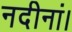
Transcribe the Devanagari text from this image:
नदीनां।